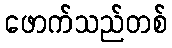
ဖောက်သည်တစ်